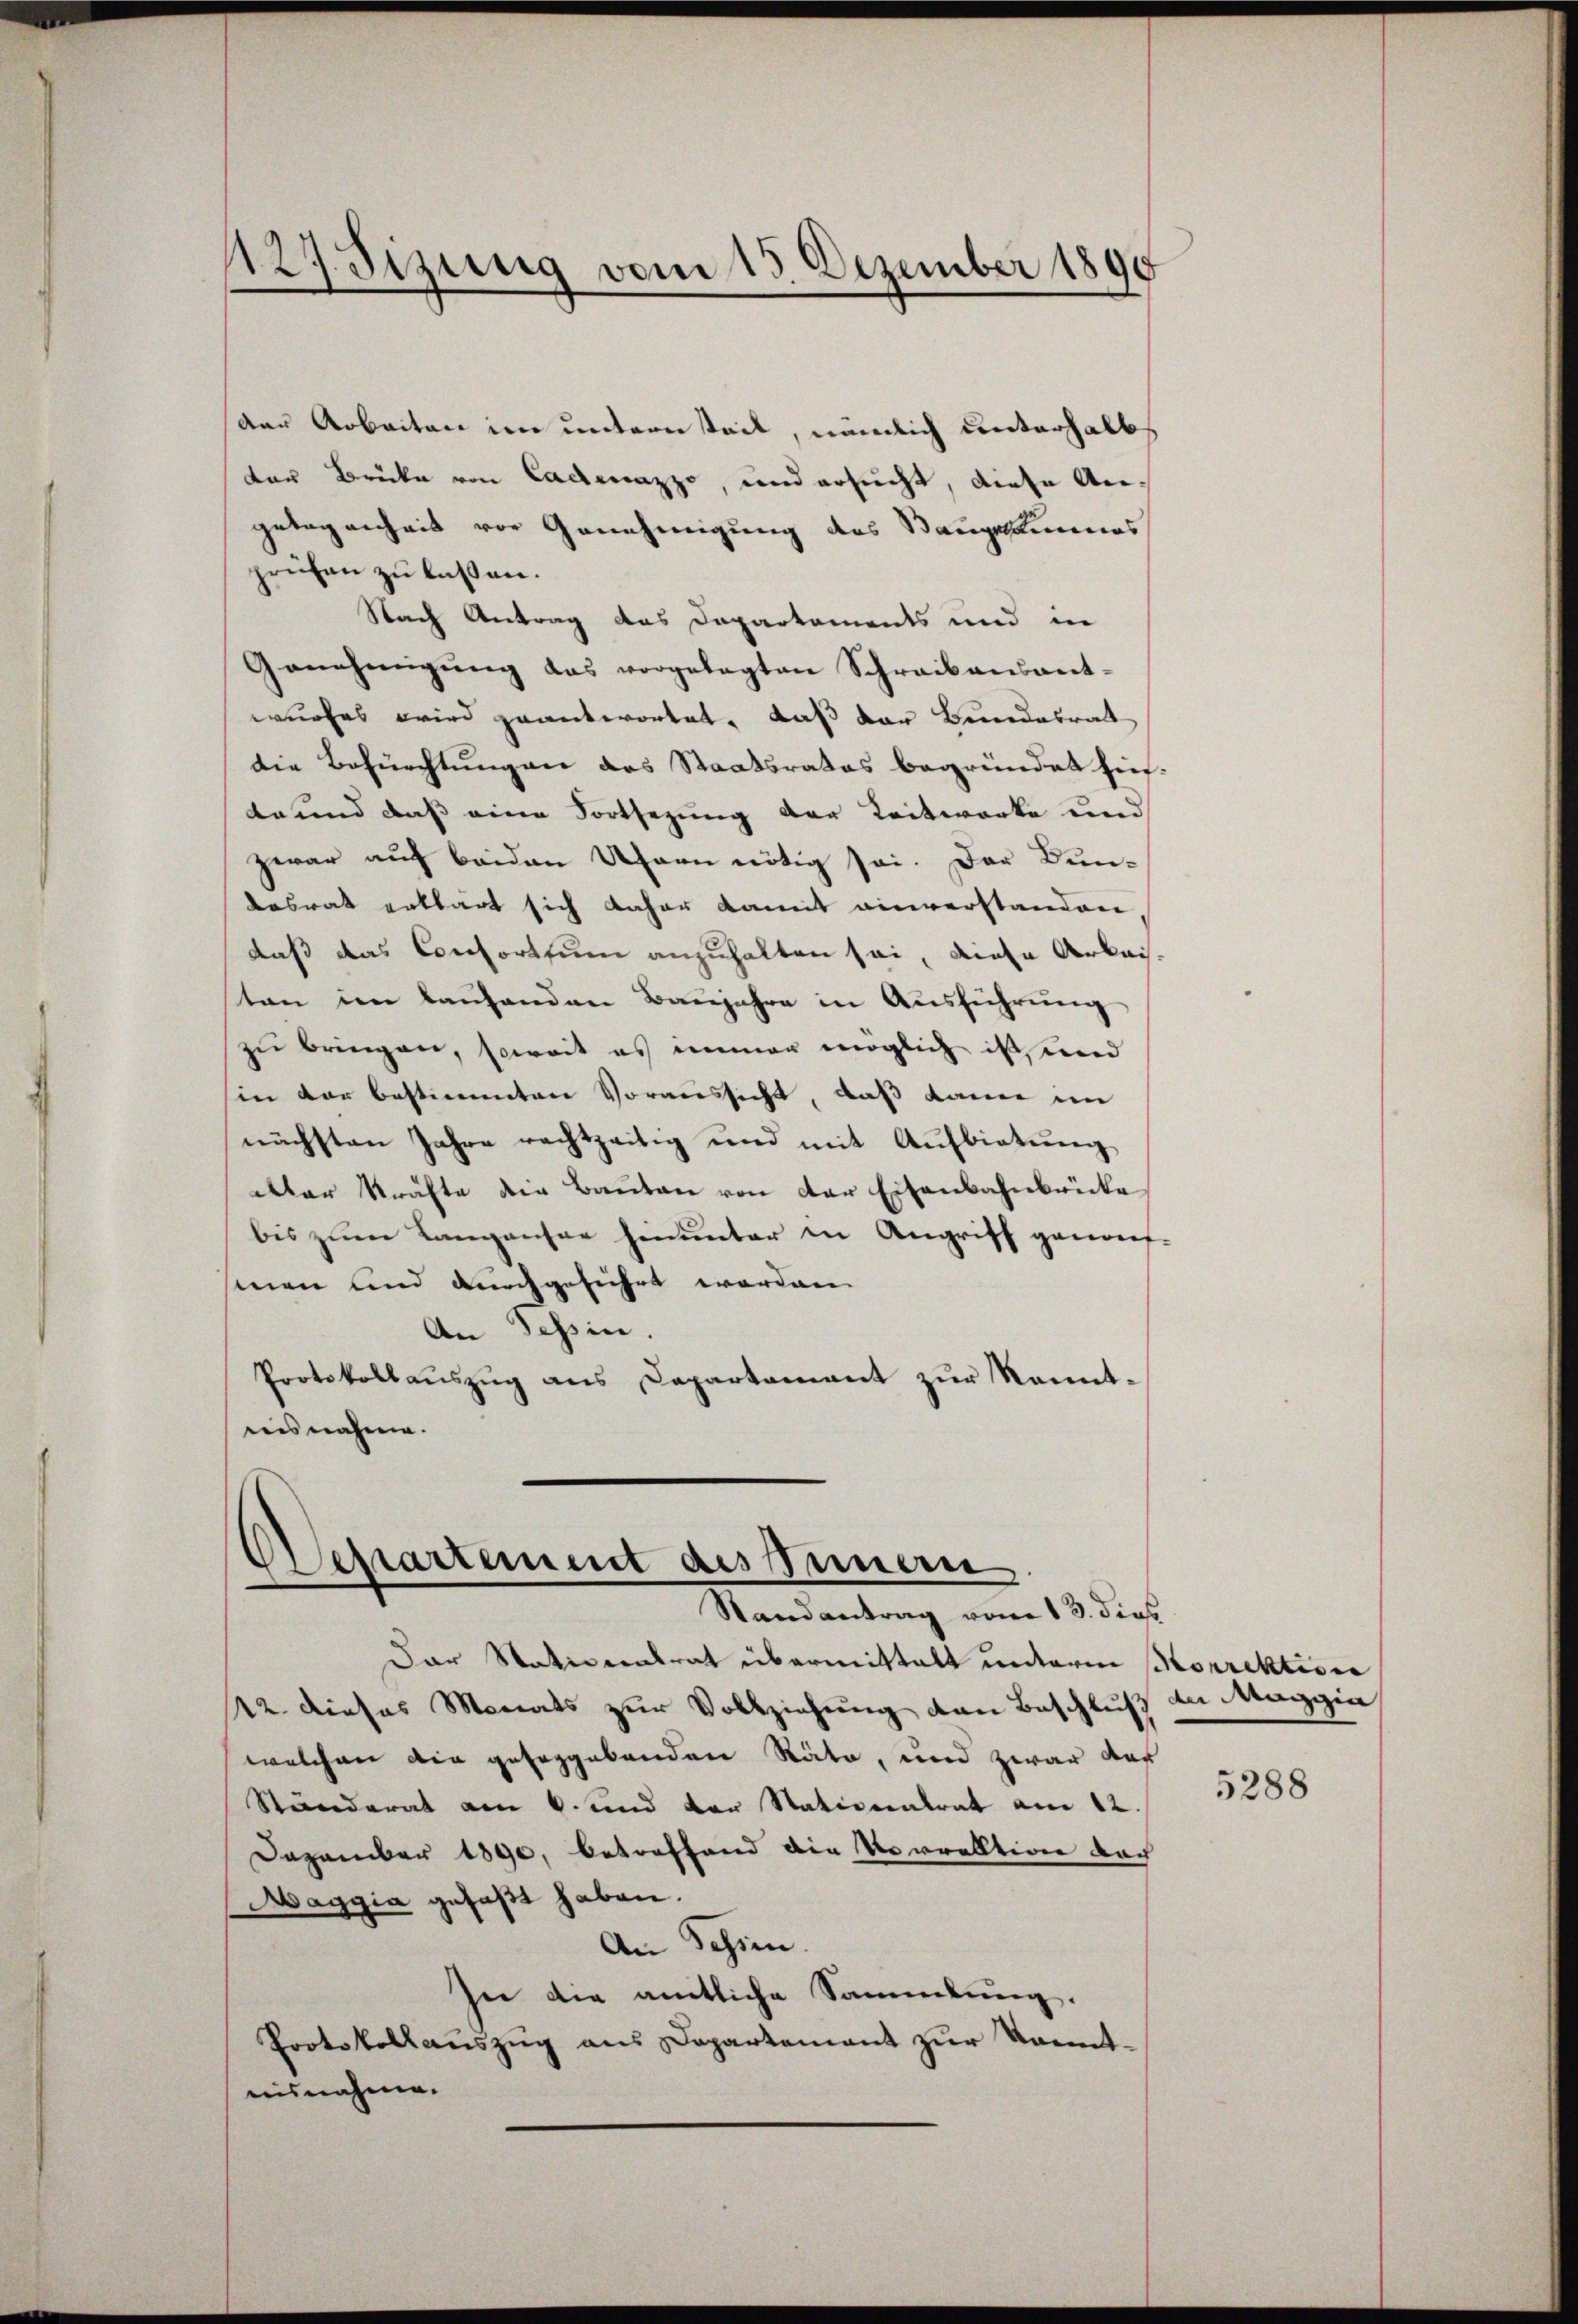
127. Sizung vom 13. Dezember 1890

der Arbeiten im unternteil, nämlich unterhalbs
der Brücke von Cadeazzo, und ersucht, diese Angelegenheit vor Genehmigung des Stangesammes
prüfen zu lassen.
Nach Antrag das Dapartaments und in
Genehmigung das vorgelegten Schreibensant-
wurfes wird geantwortet, daß der Bundesrat
die Befürchtungen des Staatsrates begründet hier.
da und daß eine Fortsezung der Zeitwerke und
zwar auf beiden Ufern nötig sei. Der Bun-
desrat erklärt sich daher damit einverstanden,
daß das Consorttum anzuhalten sei, diese Arkaisten im laŭfenden Baŭjahre in Aŭsführŭng
zu bringen, soweit es immer möglich ist sind
hin der bestimmten Voraussicht, daß kann im
nächsten Jahre rachtzeitig und mit Aŭfbiatŭng
ar Kräfte die Bauten von der Eisenbahnbrücke
bis zum Langensee hinunter in Angriff geworf-
men und durchgeführt worden
An Tessin.
Protokollaŭszŭg ans Departamant zŭr Kenntnisnahme.

Departement des Innern
Randantrag vom 13. dies

Der Stationentrat übermittalt unterm Korrektion
12. dieses Monats zur Vollziehung den Beschluß der Maggia
welchen die geseggebenden Räte, und zwar das
Ständerat am 6. und der Nationalrat am 12.
Dezember 1890, betreffend die Vorrektion doch
Maggia gefaßt haben.
An Schien.
In die amtliche Sammlung.
Protokollauszug aus Departement zur Kenntnisnahme.

5288